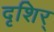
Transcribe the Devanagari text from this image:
दृशिर्